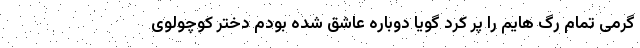
گرمی تمام رگ هایم را پر کرد گویا دوباره عاشق شده بودم دختر کوچولوی